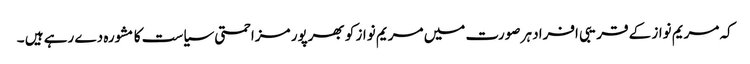
کہ مریم نواز کے قریبی افراد ہر صورت میں مریم نواز کو بھرپور مزاحمتی سیاست کا مشورہ دے رہے ہیں ۔